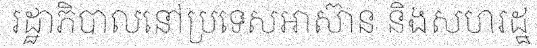
រដ្ឋាភិបាលនៅប្រទេសអាស៊ាន និងសហរដ្ឋ